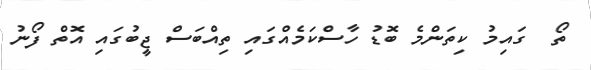
ތޯ  ގައިމު ކިތަންމެ ބޮޑު ހާސްކަމެއްގައި ތިއްބަސް ޖީބުގައި އޮތް ފޯނު